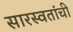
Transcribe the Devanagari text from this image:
सारस्वतांची